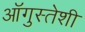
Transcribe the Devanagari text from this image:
ऑगुस्तेशी